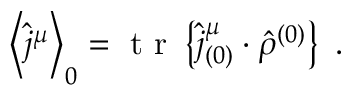
\left\langle \hat { j } ^ { \mu } \right\rangle _ { 0 } = \mathrm { ~ t ~ r ~ } \left\{ \hat { j } _ { ( 0 ) } ^ { \mu } \cdot \hat { \rho } ^ { ( 0 ) } \right\} \mathrm { ~ . ~ }